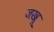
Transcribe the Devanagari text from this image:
जखू